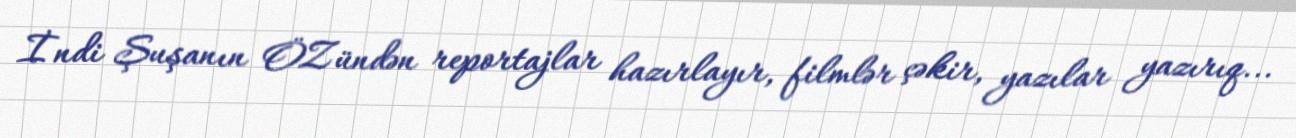
İndi Şuşanın ÖZündən reportajlar hazırlayır, filmlər çəkir, yazılar yazırıq...